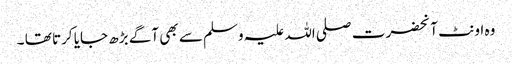
وہ اونٹ آنحضرت صلی اللہ علیہ وسلم سے بھی آگے بڑھ جایا کرتا تھا ۔